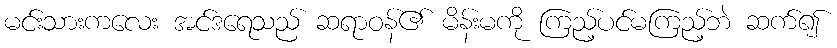
မင်းသားကလေး အင်ဒရေသည် ဆရာဝန်၏ မိန်းမကို ကြည့်ပင်မကြည့်ဘဲ ဆက်၍